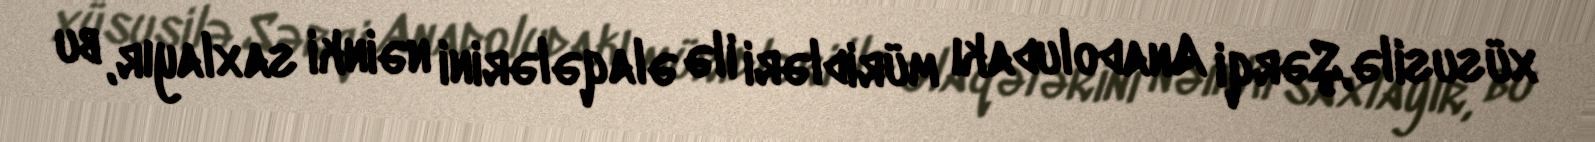
xüsusilə,Şərqi Anadoludakı müridləri ilə əlaqələrini nəinki saxlayır, bu